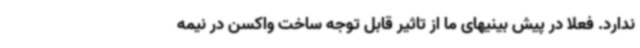
ندارد. فعلا در پیش بینیهای ما از تاثیر قابل توجه ساخت واکسن در نیمه